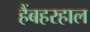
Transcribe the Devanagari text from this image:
हैंबहरहाल